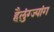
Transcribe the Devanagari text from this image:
हैलुंग्ज्यांग